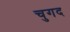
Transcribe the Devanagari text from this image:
चुगद